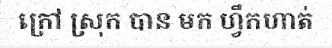
ក្រៅ ស្រុក បាន មក ហ្វឹកហាត់